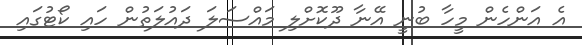
އެ އަންހެން މީހާ ބުނީ އޭނާ ދޫކޮށްލި މައްސަލަ ދައުލަތުން ހައި ކޯޓުގައި